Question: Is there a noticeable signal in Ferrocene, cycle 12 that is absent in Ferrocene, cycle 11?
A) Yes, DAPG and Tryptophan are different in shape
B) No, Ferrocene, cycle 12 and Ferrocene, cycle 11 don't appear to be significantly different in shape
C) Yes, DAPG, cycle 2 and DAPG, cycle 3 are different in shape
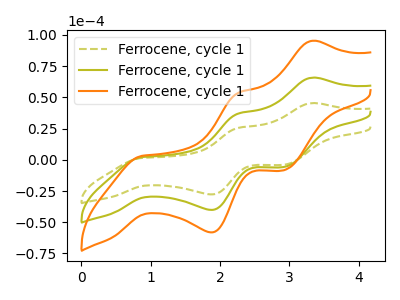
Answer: <think>The olive dashed curve "Ferrocene, cycle 11" has anodic peaks at (3.35V, 45.45uA) (2.25V, 25.60uA) and cathodic peaks at (0.85V, 1.50uA) (1.85V, -27.70uA) (2.90V, -4.00uA). The olive curve "Ferrocene, cycle 12" has anodic peaks at (3.35V, 65.80uA) (2.25V, 37.05uA) and cathodic peaks at (0.85V, 2.20uA) (1.85V, -40.15uA) (2.90V, -5.80uA). The orange curve "Ferrocene, cycle 13" has anodic peaks at (3.35V, 131.60uA) (2.25V, 74.15uA) and cathodic peaks at (0.85V, 4.35uA) (1.85V, -80.30uA) (2.90V, -11.60uA).
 All the peaks in "Ferrocene, cycle 12" have a peak in "Ferrocene, cycle 11" at the same potential.</think>
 <answer>B) No, "Ferrocene, cycle 12" and "Ferrocene, cycle 11" don't appear to be significantly different in shape</answer>
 <eval>B</eval>